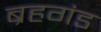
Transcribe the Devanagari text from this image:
ब्रहगंड